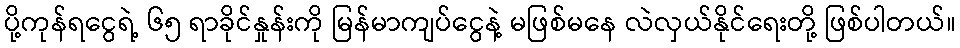
ပို့ကုန်ရငွေရဲ့ ၆၅ ရာခိုင်နှုန်းကို မြန်မာကျပ်ငွေနဲ့ မဖြစ်မနေ လဲလှယ်နိုင်ရေးတို့ ဖြစ်ပါတယ်။